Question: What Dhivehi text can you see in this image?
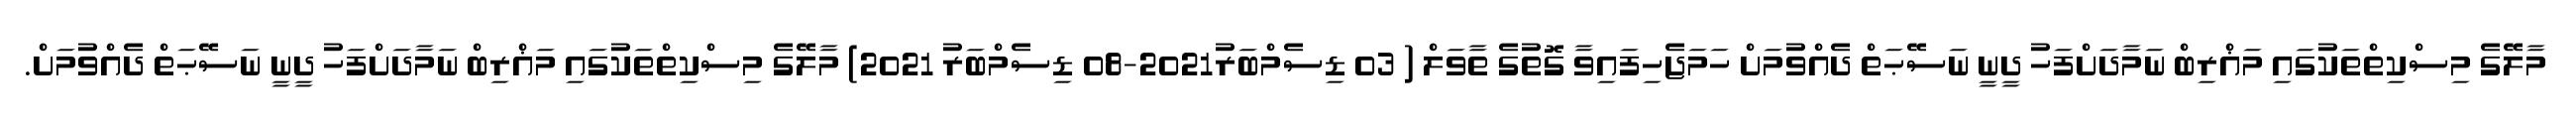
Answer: މާލޭގެ މިސްކިތްތަކުގައި މަޣްރިބް ނަމާދަށްފަހު ދީނީ ނަސޭޙަތް ދެއްވުމަށް ހަމަޖެހިފައިވާ ގޮތުގެ ތާވަލް ( 03 ޑިސެމްބަރު2021-08 ޑިސެމްބަރު 2021) މާލޭގެ މިސްކިތްތަކުގައި މަޣްރިބް ނަމާދަށްފަހު ދީނީ ނަސޭޙަތް ދެއްވުމަށް.